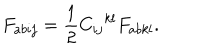
F _ { a b i j } = \frac 1 2 { C _ { i j } } ^ { k l } { F _ { a b k l } } .